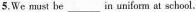
5.We must be ___ in uniform at school.